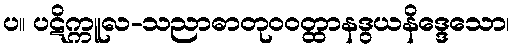
ပ။ ပဋိက္ကူလ-သညာဓာတုဝဝတ္ထာနဒွယနိဒ္ဒေသော၊